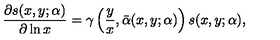
\frac { \partial s ( x , y ; \alpha ) } { \partial \ln x } = \gamma \left( \frac { y } { x } , \bar { \alpha } ( x , y ; \alpha ) \right) s ( x , y ; \alpha ) ,